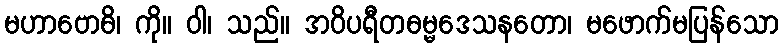
မဟာဗောဓိ၊ ကို။ ဝါ၊ သည်။ အဝိပရီတဓမ္မဒေသနတော၊ မဖောက်မပြန်သော